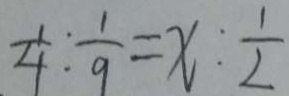
\frac { 1 } { 4 } : \frac { 1 } { 9 } = x : \frac { 1 } { 2 }